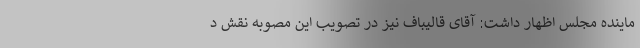
ماینده مجلس اظهار داشت: آقای قالیباف نیز در تصویب این مصوبه نقش د